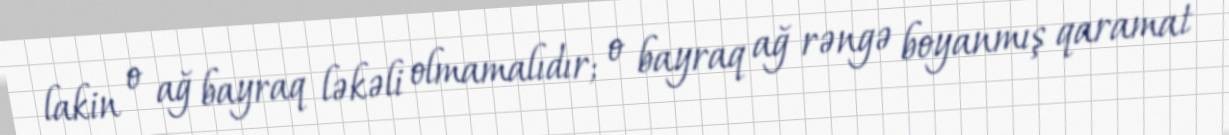
lakin o ağ bayraq ləkəli olmamalıdır; o bayraq ağ rəngə boyanmış qaramat